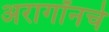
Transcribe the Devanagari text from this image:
अरागॉनचे